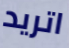
اتريد